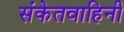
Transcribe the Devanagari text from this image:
संकेतवाहिनी